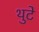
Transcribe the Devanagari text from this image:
थुटे